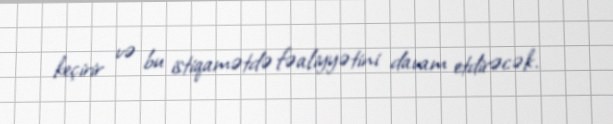
keçirir və bu istiqamətdə fəaliyyətini davam etdirəcək.